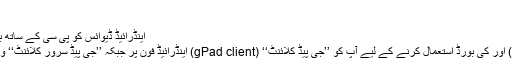
…
اینڈرائیڈ ڈیوائس کو پی سی کے ساتھ بطور کی بورڈ اور ماؤس استعمال کریں
اینڈرائیڈ ڈیوائس کو بطور ماؤس (ٹچ پیڈ) اور کی بورڈ استعمال کرنے کے لیے آپ کو ’’جی پیڈ کلائنٹ‘‘ (gPad client) اینڈرائیڈ فون پر جبکہ ’’جی پیڈ سرور کلائنٹ‘‘ ونڈوز یا میک سسٹم پر انسٹال کرنا ہو گا۔